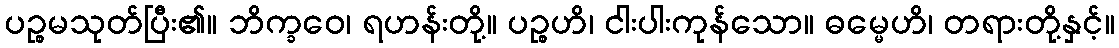
ပဉ္စမသုတ်ပြီး၏။ ဘိက္ခဝေ၊ ရဟန်းတို့။ ပဉ္စဟိ၊ ငါးပါးကုန်သော။ ဓမ္မေဟိ၊ တရားတို့နှင့်။